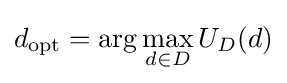
d_{\mathrm {opt} }=\arg \max \limits _{d\in D}U_{D}(d)